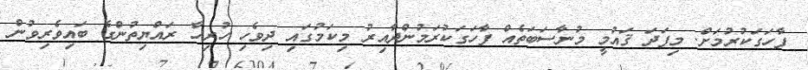
ފާހަގަކުރުމަށް. މިފަދަ ޤައުމީ މުނާސަބަތެއް ފާހަގަކުރަމުންދާއިރު މިކަމުގައި ދިވެހި ހުރިހާ ރައްޔިތުންގެ ބައިވެރިވުން